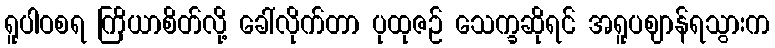
ရူပါဝစရ ကြိယာစိတ်လို့ ခေါ်လိုက်တာ ပုထုဇဉ် သေက္ခဆိုရင် အရူပဈာန်ရသွားက